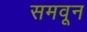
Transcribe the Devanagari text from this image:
समवून